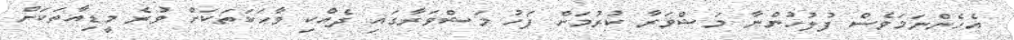
އެހެންނަމަވެސް ފުލުހުންނާ މަޝްވަރާ ކުރުމަށް ފަހު މަޝްވަރާގައި ދެއްކި ވާހަކަތަކަށް ވުރެ މީޑިއާތަކަށް